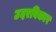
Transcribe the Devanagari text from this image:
उदरविकार